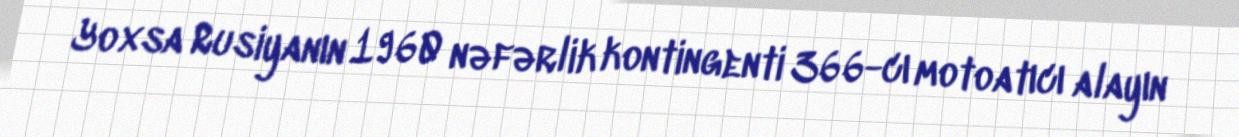
Yoxsa Rusiyanın 1960 nəfərlik kontingenti 366-cı motoatıcı alayın